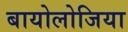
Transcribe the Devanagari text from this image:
बायोलोजिया